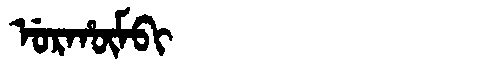
Manchu: ᡠᡵᡥᡡᠮᠪᡳ
Romanization: URHŪMBI